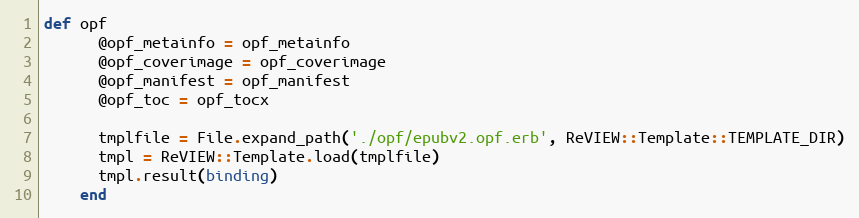
Language: Ruby
def opf
      @opf_metainfo = opf_metainfo
      @opf_coverimage = opf_coverimage
      @opf_manifest = opf_manifest
      @opf_toc = opf_tocx

      tmplfile = File.expand_path('./opf/epubv2.opf.erb', ReVIEW::Template::TEMPLATE_DIR)
      tmpl = ReVIEW::Template.load(tmplfile)
      tmpl.result(binding)
    end